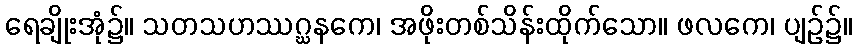
ရေချိုးအုံ၌။ သတသဟဿဂ္ဃနကေ၊ အဖိုးတစ်သိန်းထိုက်သော။ ဖလကေ၊ ပျဉ်၌။